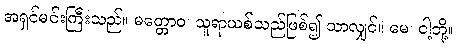
အရှင်မင်းကြီးသည်။ မတ္တောဝ၊ သူရာယစ်သည်ဖြစ်၍ သာလျှင်။ မေ၊ ငါ့ဘို့။